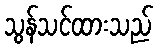
သွန်သင်ထားသည်